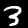
Label: 3